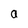
Character: a